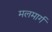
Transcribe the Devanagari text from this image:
मलमार्ग